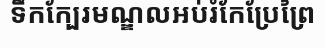
ទឹកក្បែរមណ្ឌលអប់រំកែប្រែព្រៃ